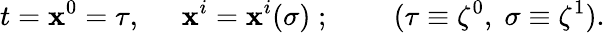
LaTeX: t=\mathbf{x}^{0}=\tau,\; \; \; \; \; \mathbf{x}^{i}=\mathbf{x}^{i}(\sigma){\; };\; \; \; \; \; \; \; \; (\tau\equiv\zeta^{0},\; \sigma\equiv\zeta^{1}).